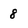
Character: 8